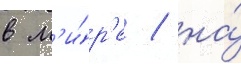
в м'и́р'е / на́